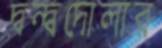
দ্বন্দ্বদোলার